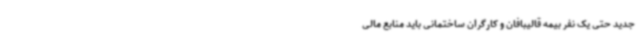
جدید حتی یک نفر بیمه قالیبافان و کارگران ساختمانی باید منابع مالی